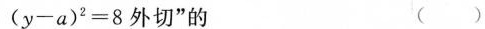
( y -a ) ^ { 2 } = 8$$外切”的（）